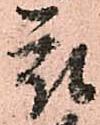
被